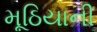
મૂઠિયાની